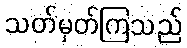
သတ်မှတ်ကြသည်